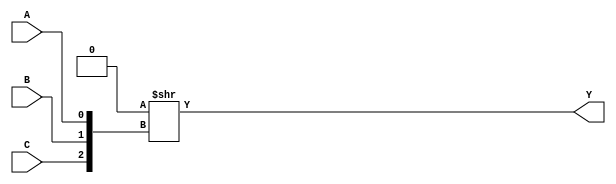
module CFG3 (
	output Y,
	input A,
	input B,
	input C
);
	parameter [7:0] INIT = 8'h0;
	assign Y = INIT >> {C, B, A};
endmodule